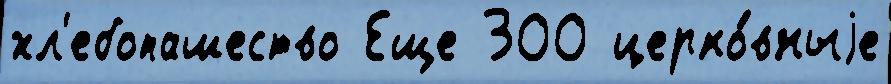
хл'ебопашество Еще 300 церко́вныjе